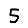
Digit: 5